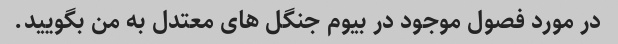
در مورد فصول موجود در بیوم جنگل های معتدل به من بگویید.